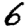
Digit: 6